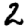
Digit: 2